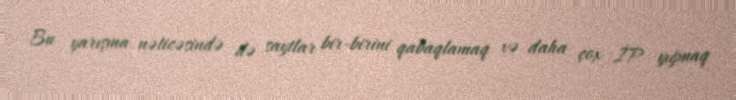
Bu yarışma nəticəsində də saytlar bir-birini qabaqlamaq və daha çox İP yığmaq